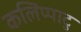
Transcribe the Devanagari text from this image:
कलिप्पाटु